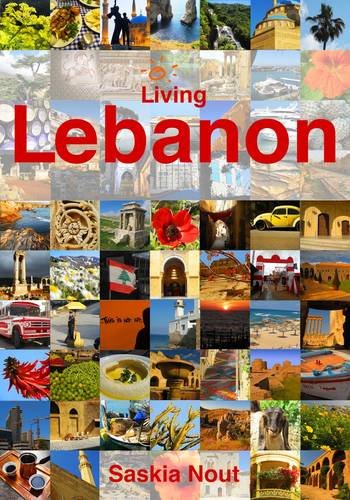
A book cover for Living Lebanon; Saskia Nout; Travel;